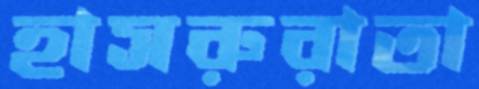
হাসরুরাতা